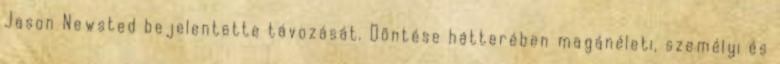
Jason Newsted bejelentette távozását. Döntése hátterében magánéleti, személyi és